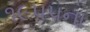
૧૯૫૫ના